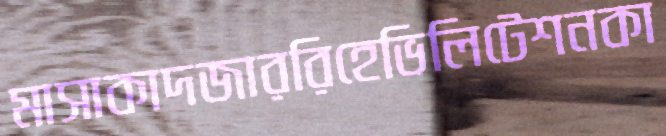
মাসাকাদজাররিহেভিলিটেশনকা